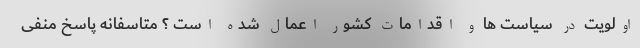
اولویت در سیاست ها و اقدامات کشور اعمال شده است ؟ متاسفانه پاسخ منفی